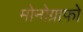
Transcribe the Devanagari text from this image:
मोनोग्राफो